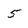
Character: 5